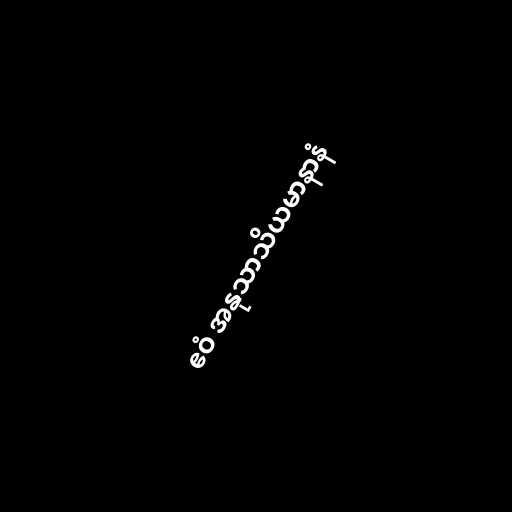
ဧဝံ အနုသာသိယမာနာနံ